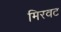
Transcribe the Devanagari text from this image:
मिरवट